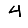
Digit: 4